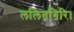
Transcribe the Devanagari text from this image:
ललितगिरि।